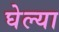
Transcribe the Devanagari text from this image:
घेल्या